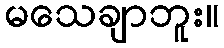
မသေချာဘူး။